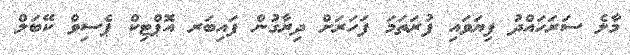
މާލެ ސަރަހައްދު ފިޔަވައި ފުރަތަމަ ފަހަރަށް ދިރާގުން ފައިބަރ އޮޕްޓިކް ޕެސިވް ކޭބަލް